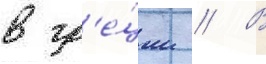
в гр'е́ции // В